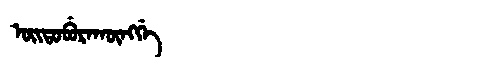
Manchu: ᠣᡳᡨᠣᠪᡠᡵᠠᡴᡡᠩᡤᡝ
Romanization: OITOBURAKŪNGGE